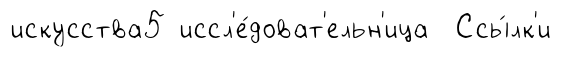
искусства5 иссл'е́доват'ельн'ица Ссы́лк'и